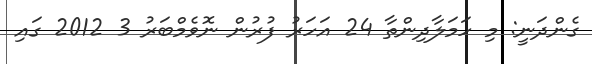
ގެންދަނީ: މި ހަމަލާދިންތާ 24 އަހަރު ފުރުން ނޮވެމްބަރު 3 2012 ގައި